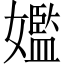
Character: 㜮